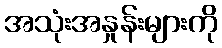
အသုံးအနှုန်းများကို